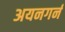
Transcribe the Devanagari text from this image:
अयनगर्न